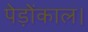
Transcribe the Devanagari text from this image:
पेड़ोंकाल।